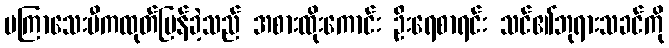
မကြာသေးမီကထုတ်ပြန်ခဲ့သည် အစားထိုးကောင်း ဦးရေစာရင်း သင်၏ဘုရားသခင်ကို